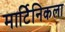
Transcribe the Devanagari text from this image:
मार्टिनिकला